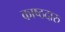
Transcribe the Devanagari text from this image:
काष्ठदारु